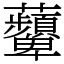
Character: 𧅵